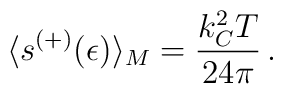
\langle s^{(+)}(\epsilon)\rangle_M = \frac{k^2_C T}{24 \pi}  \,{.}